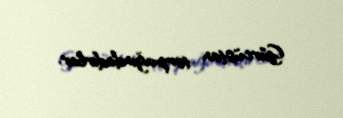
Gürcüstan torpağındadırlar.